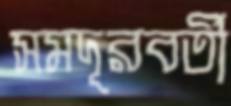
সমদূরবর্তী